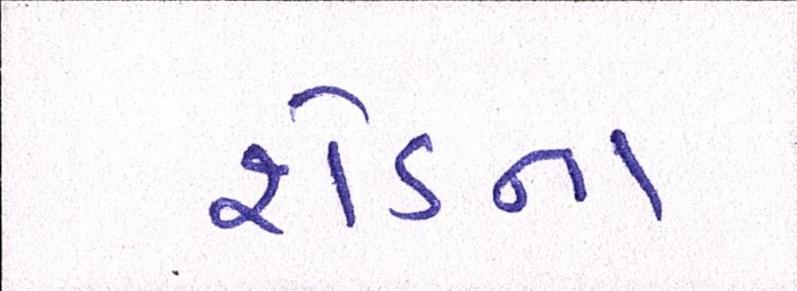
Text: શેડના